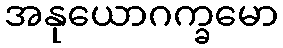
အနုယောဂက္ခမော